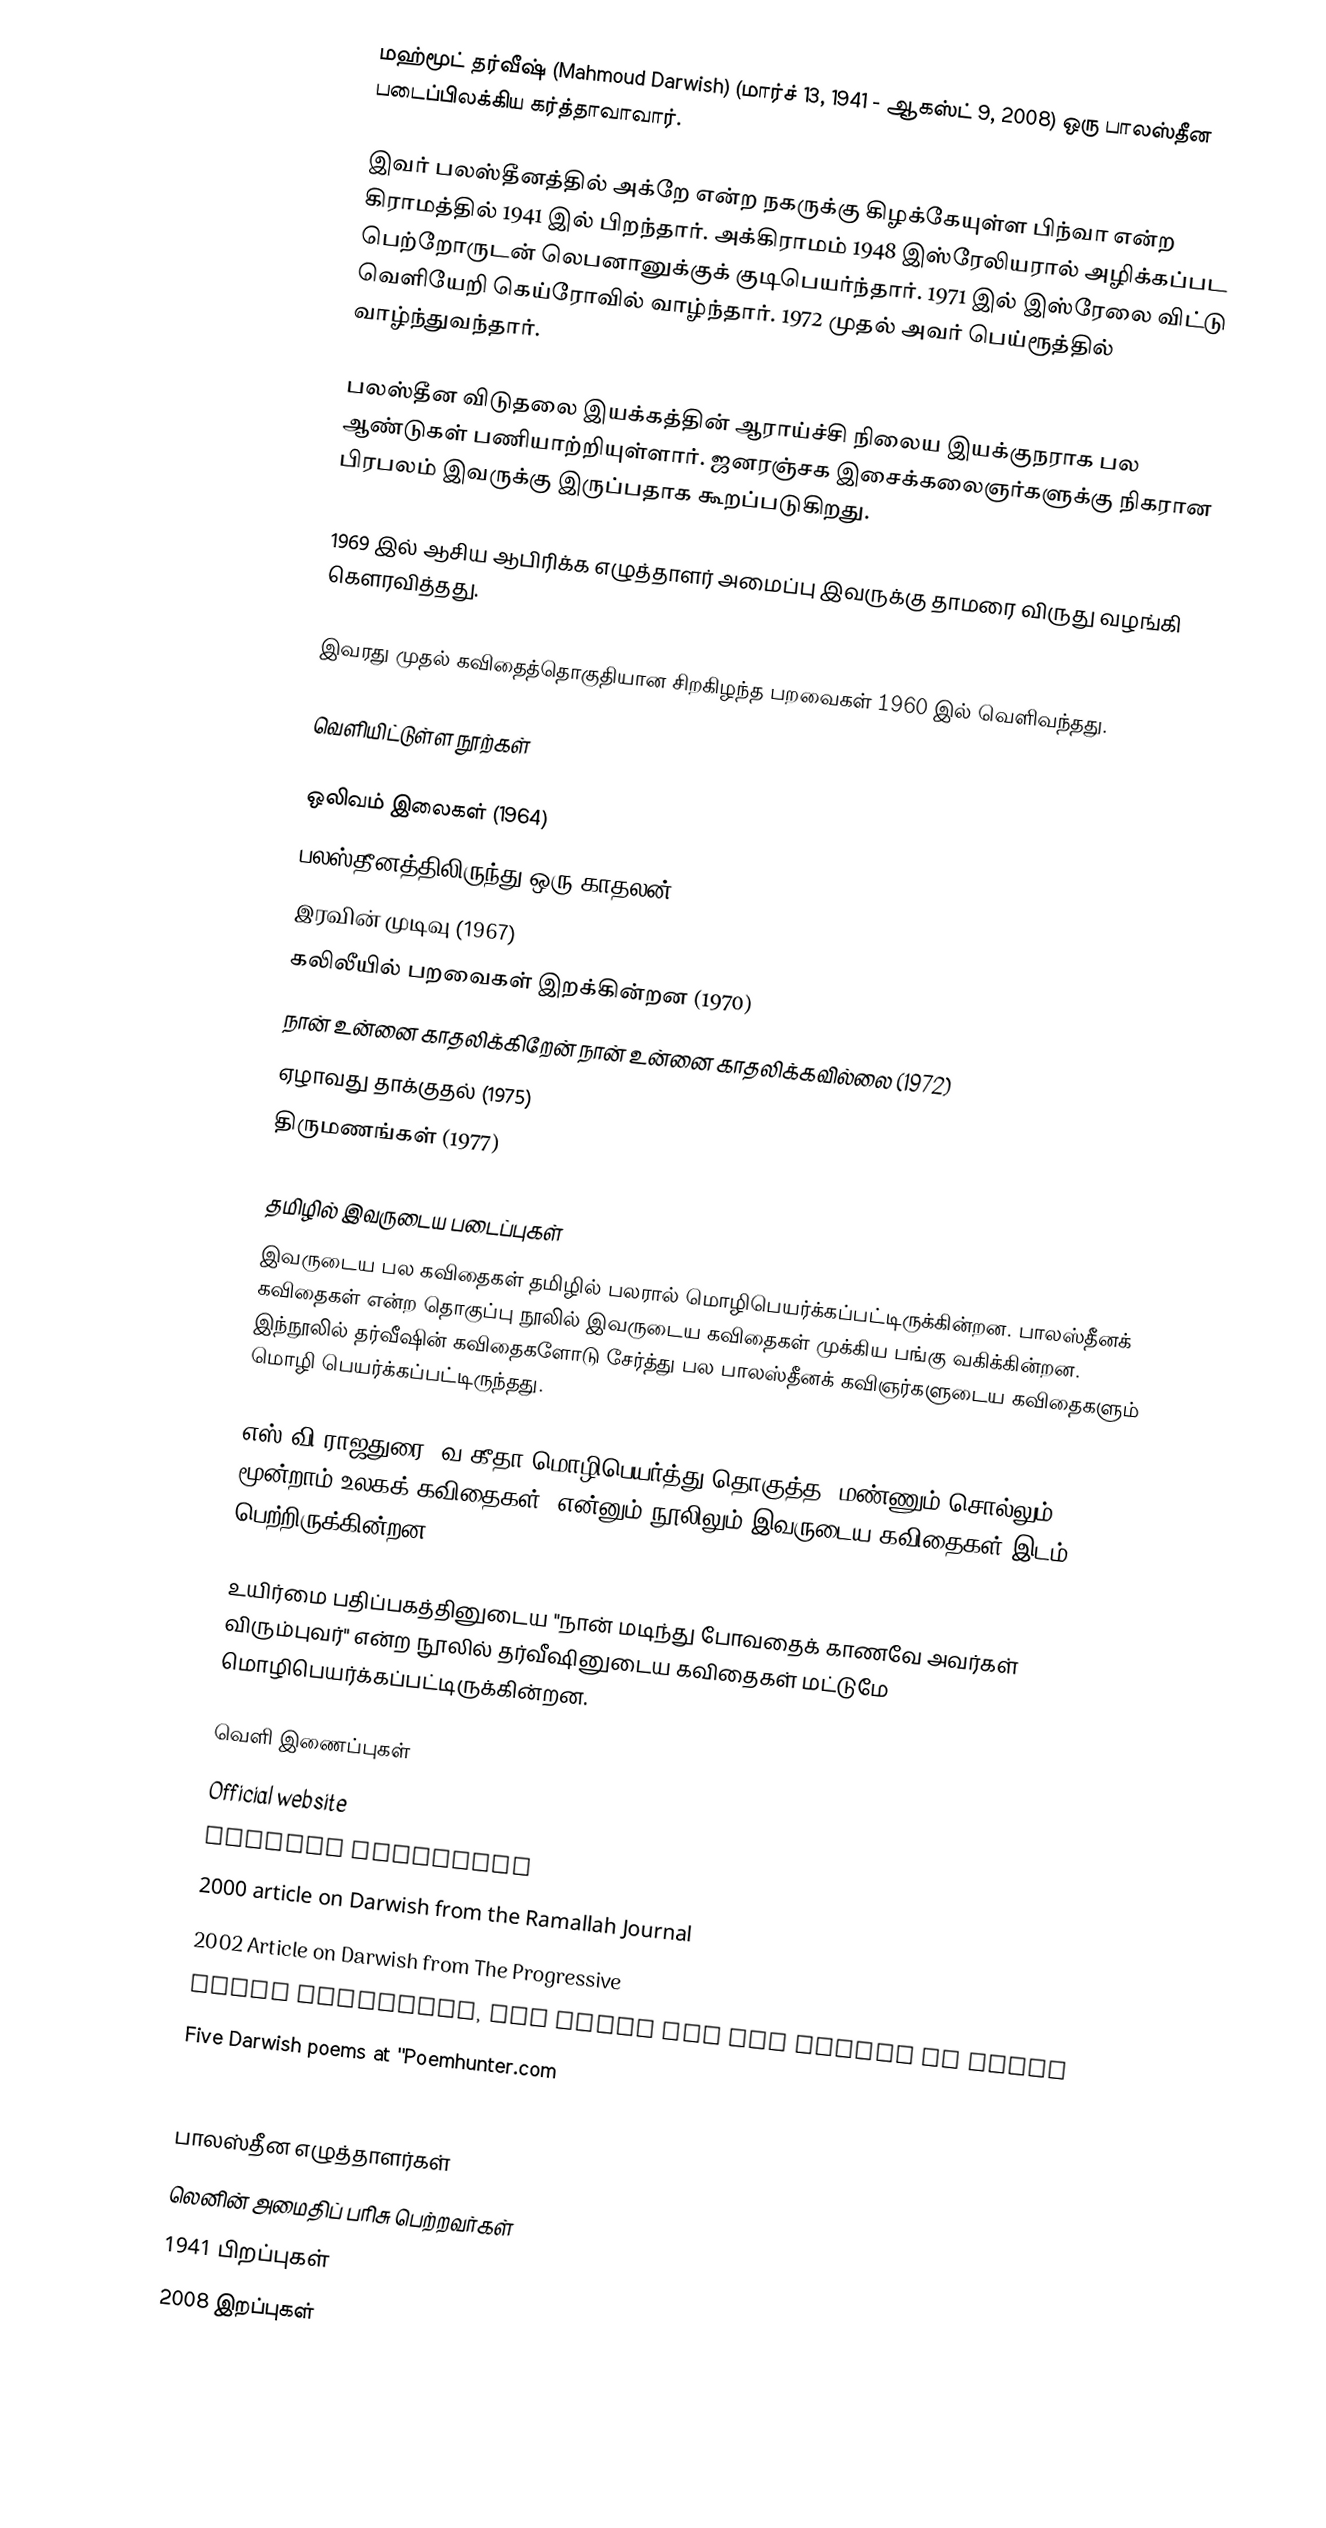
மஹ்மூட் தர்வீஷ் (Mahmoud Darwish) (மார்ச் 13, 1941 - ஆகஸ்ட் 9, 2008) ஒரு பாலஸ்தீன படைப்பிலக்கிய கர்த்தாவாவார்.

இவர் பலஸ்தீனத்தில் அக்றே என்ற நகருக்கு கிழக்கேயுள்ள பிந்வா என்ற கிராமத்தில் 1941 இல் பிறந்தார். அக்கிராமம் 1948 இஸ்ரேலியரால் அழிக்கப்பட பெற்றோருடன் லெபனானுக்குக் குடிபெயர்ந்தார். 1971 இல் இஸ்ரேலை விட்டு வெளியேறி கெய்ரோவில் வாழ்ந்தார். 1972 முதல் அவர் பெய்ரூத்தில் வாழ்ந்துவந்தார்.

பலஸ்தீன விடுதலை இயக்கத்தின் ஆராய்ச்சி நிலைய இயக்குநராக பல ஆண்டுகள் பணியாற்றியுள்ளார். ஜனரஞ்சக இசைக்கலைஞர்களுக்கு நிகரான பிரபலம் இவருக்கு இருப்பதாக கூறப்படுகிறது.

1969 இல் ஆசிய ஆபிரிக்க எழுத்தாளர் அமைப்பு இவருக்கு தாமரை விருது வழங்கி கௌரவித்தது.

இவரது முதல் கவிதைத்தொகுதியான சிறகிழந்த பறவைகள் 1960 இல் வெளிவந்தது.

வெளியிட்டுள்ள நூற்கள்

 ஒலிவம் இலைகள் (1964)
 பலஸ்தீனத்திலிருந்து ஒரு காதலன் (1966)
 இரவின் முடிவு (1967)
 கலிலீயில் பறவைகள் இறக்கின்றன (1970)
 நான் உன்னை காதலிக்கிறேன் நான் உன்னை காதலிக்கவில்லை (1972)
 ஏழாவது தாக்குதல் (1975)
 திருமணங்கள் (1977)

தமிழில் இவருடைய படைப்புகள்
இவருடைய பல கவிதைகள் தமிழில் பலரால் மொழிபெயர்க்கப்பட்டிருக்கின்றன. பாலஸ்தீனக் கவிதைகள் என்ற தொகுப்பு நூலில் இவருடைய கவிதைகள் முக்கிய பங்கு வகிக்கின்றன. இந்நூலில் தர்வீஷின் கவிதைகளோடு சேர்த்து பல பாலஸ்தீனக் கவிஞர்களுடைய கவிதைகளும் மொழி பெயர்க்கப்பட்டிருந்தது.

எஸ்.வி.ராஜதுரை, வ.கீதா மொழிபெயர்த்து தொகுத்த "மண்ணும் சொல்லும் மூன்றாம் உலகக் கவிதைகள்" என்னும் நூலிலும் இவருடைய கவிதைகள் இடம் பெற்றிருக்கின்றன.

உயிர்மை பதிப்பகத்தினுடைய "நான் மடிந்து போவதைக் காணவே அவர்கள் விரும்புவர்" என்ற நூலில் தர்வீஷினுடைய கவிதைகள் மட்டுமே மொழிபெயர்க்கப்பட்டிருக்கின்றன.

வெளி இணைப்புகள்
 Official website
 Darwish biography
 2000 article on Darwish from the Ramallah Journal
 2002 Article on Darwish from The Progressive
 Short biography, two poems and one exerpt at Fence
 Five Darwish poems at ''Poemhunter.com
 Seven Darwish poems at a Geocities fansite

பாலஸ்தீன எழுத்தாளர்கள்
லெனின் அமைதிப் பரிசு பெற்றவர்கள்
1941 பிறப்புகள்
2008 இறப்புகள்